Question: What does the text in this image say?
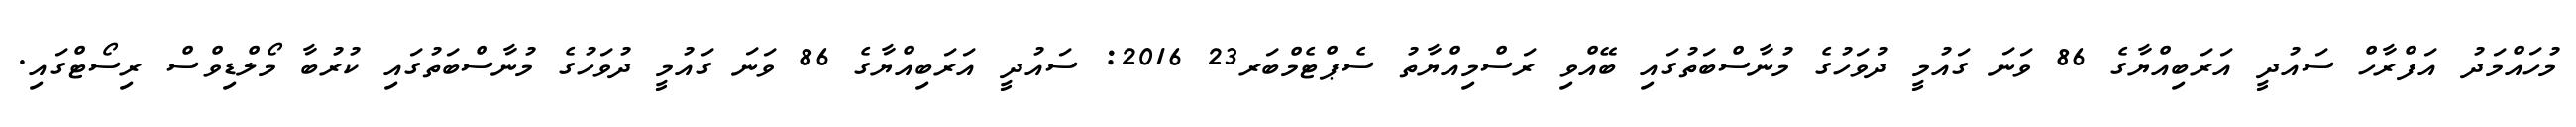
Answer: މުހައްމަދު އަފްރާހް ސައުދީ އަރަބިއްޔާގެ 86 ވަނަ ގައުމީ ދުވަހުގެ މުނާސްބަތުގައި ބޭއްވި ރަސްމިއްޔާތު ސެޕްޓެމްބަރ23 2016: ސައުދީ އަރަބިއްޔާގެ 86 ވަނަ ގައުމީ ދުވަހުގެ މުނާސްބަތުގައި ކުރުބާ މޯލްޑިވްސް ރިސޯޓްގައި.